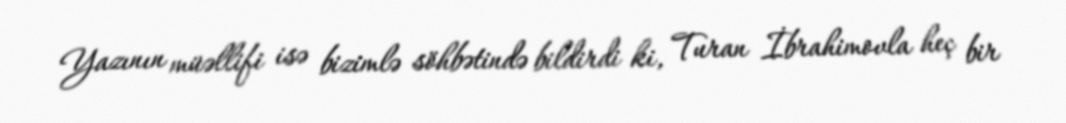
Yazının müəllifi isə bizimlə söhbətində bildirdi ki, Turan İbrahimovla heç bir